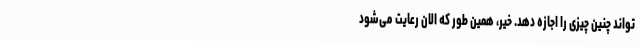
‌تواند چنین چیزی را اجازه دهد. خیر، همین طور که الان رعایت می‌شود